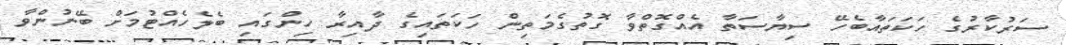
ސަރުކާރުގެ ހަކަތައާބެހޭ ސިޔާސަތާ އެއްގޮތްވާ ގޮތުގެމަތިން ހަކަތައިގެ ދާއިރާ ހިންގައި ބެލެހެއްޓުމަށް ބޭނުންވާ